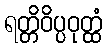
ရတ္တိဝိပ္ပဝုတ္ထံ